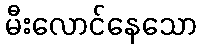
မီးလောင်နေသော